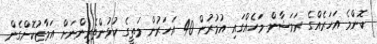
ކޮންމެ އަހަރެއްގެ ރަމަޟާން މަހެއްގައި އުމުރުން 40 އަހަރުން މަތީގެ ކުޅުންތެރިންނަށް އަމާޒުކޮށްގެން